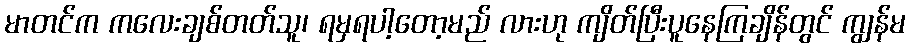
မာတင်က ကလေးချစ်တတ်သူ၊ ရမှရပါ့တော့မည် လားဟု ကျိတ်ပြီးပူနေကြချိန်တွင် ကျွန်မ